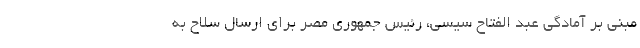
مبنی بر آمادگی عبد الفتاح سیسی، رئیس جمهوری مصر برای ارسال سلاح به